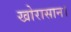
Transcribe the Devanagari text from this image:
खोरासान।